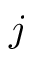
j